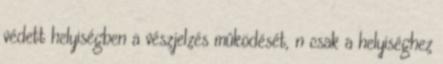
védett helyiségben a vészjelzés mûködését, n csak a helyiséghez